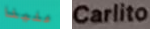
علينا Carlito